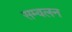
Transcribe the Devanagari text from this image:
सम्वलन